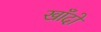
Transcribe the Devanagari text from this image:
खाँदो